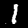
Label: 1